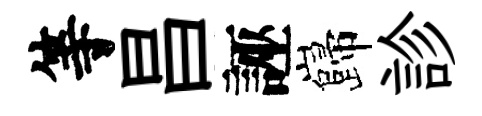
等昌誣巋診